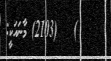
)   (2103) މާނައަކީ: